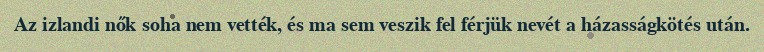
Az izlandi nők soha nem vették, és ma sem veszik fel férjük nevét a házasságkötés után.